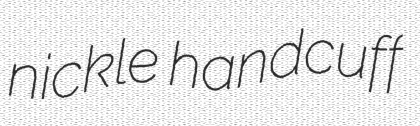
nickle handcuff